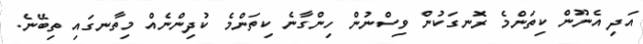
އަދި އެނޫން ކިތަންމެ ރޮނގަކުން ވިސްނުން ހިންގާނެ ކިތަންމެ ކުދިންނެއް މިތާނގައި ތިބޭނެ.